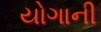
યોગાની